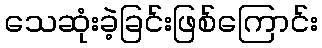
သေဆုံးခဲ့ခြင်းဖြစ်ကြောင်း